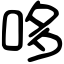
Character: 哆